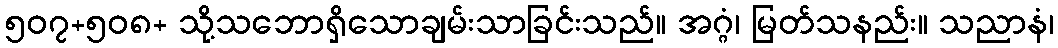
၅၀၇+၅၀၈+ သို့သဘောရှိသောချမ်းသာခြင်းသည်။ အဂ္ဂံ၊ မြတ်သနည်း။ သညာနံ၊